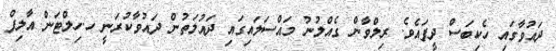
ދައުވާގައި ހެކިބަސް ދީފައެވެ. ރިލްވާން ގެއްލުނު މައްސަލައިގައި ދައުލަތުން ދައުވާކުރަނީ ހ.ހިލްޓަން އާލިފް